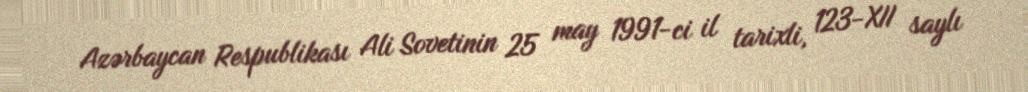
Azərbaycan Respublikası Ali Sovetinin 25 may 1991-ci il tarixli, 123-XII saylı